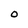
Character: O